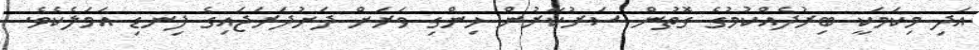
އަދި މިކަމަކީ ބިރުދެއްކުމުގެ ގޮތުން ސަރުކާރުން ހިންގި ވަރަށް ދަށުދަރަޖައިގެ ފިނޑި އަމަލެކެވެ.